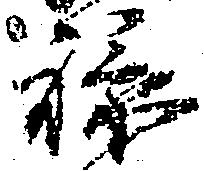
禄